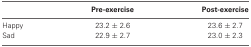
<table><thead><tr><td></td><td><b>Pre-exercise</b></td><td><b>Post-exercise</b></td></tr></thead><tbody><tr><td>Happy</td><td>23.2 ± 2.6</td><td>23.6 ± 2.7</td></tr><tr><td>Sad</td><td>22.9 ± 2.7</td><td>23.0 ± 2.3</td></tr></tbody></table>